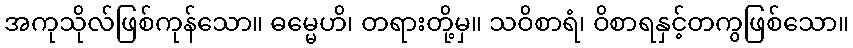
အကုသိုလ်ဖြစ်ကုန်သော။ ဓမ္မေဟိ၊ တရားတို့မှ။ သဝိစာရံ၊ ဝိစာရနှင့်တကွဖြစ်သော။